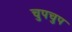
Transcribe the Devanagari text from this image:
चुपचुप